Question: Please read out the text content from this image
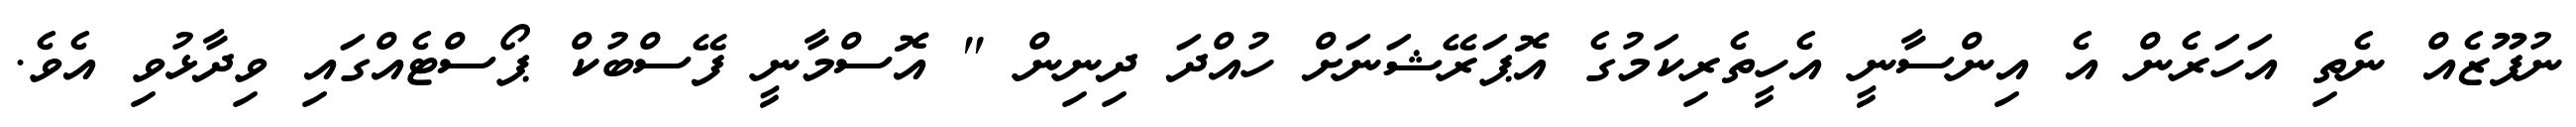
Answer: ނުފޫޒެއް ނެތި އަހަރެން އެ އިންސާނީ އެހީތެރިކަމުގެ އޮޕަރޭޝަނަށް ހުއްދަ ދިނިން " އޮސްމާނީ ފޭސްބުކް ޕޯސްޓެއްގައި ވިދާޅުވި އެވެ.